Leaving Certificate Examination (including Day School Certificate (Higher) General paper), 1926
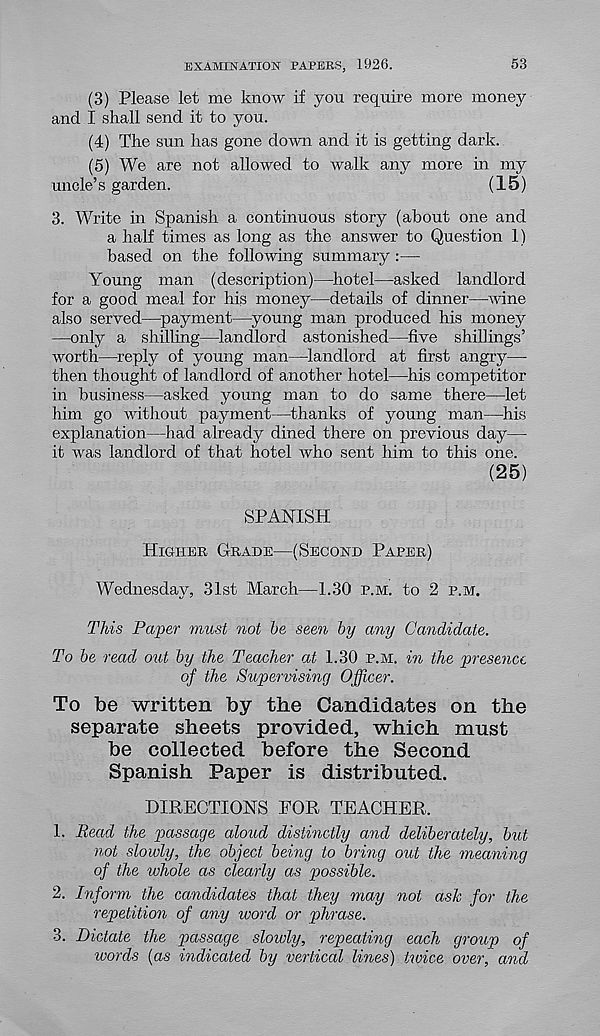
EXAMINATION PAPERS, 1926.
53
(3) Please let me know if you require more money
and I shall send it to you.
(4) The sun has gone down and it is getting dark.
(5) We are not allowed to walk any more in my
uncle’s garden.
(15)
3. Write in Spanish a continuous story (about one and
a half times as long as the answer to Question 1)
based on the following summary :—
Young man (description)—hotel—asked landlord
for a good meal for his money—details of dinner—-Mane
also served—payment—young man produced his money
—only a shilling—landlord astonished—five shillings’
worth—reply of young man—landlord at first angry—
then thought of landlord of another hotel—his competitor
in business—asked young man to do same there—let
him go without payment—thanks of young man—his
explanation—had already dined there on previous day—
it was landlord of that hotel who sent him to this one.
(25)
SPANISH
Higher Grade—(Second Paper)
Wednesday, 31st March—1.30 p.m. to 2 p.m.
This Paper must not he seen by any Candidate.
To he read out hy the Teacher at 1.30 p.m. in the presence
of the Supervising Officer.
To be written by the Candidates on the
separate sheets provided, which must
be collected before the Second
Spanish Paper is distributed.
DIRECTIONS FOR TEACHER.
1. Read the passage aloud distinctly and deliberately, hut
not slowly, the object being to bring out the meaning
of the whole as clearly as possible.
2. Inform the candidates that they may not ask for the
repetition of any word or phrase.
3. Dictate the passage slowly, repeating each group of
words (as indicated by vertical lines) twice over, and